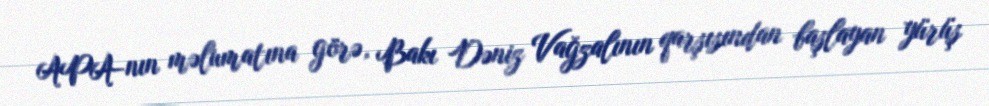
APA-nın məlumatına görə, Bakı Dəniz Vağzalının qarşısından başlayan yürüş